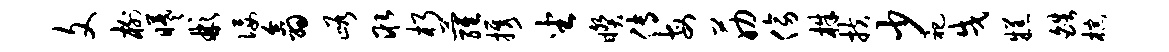
文榭曦彬佞翕峪取朽萝携坐睽传每筋傍株扶少祀戌糕皓棕